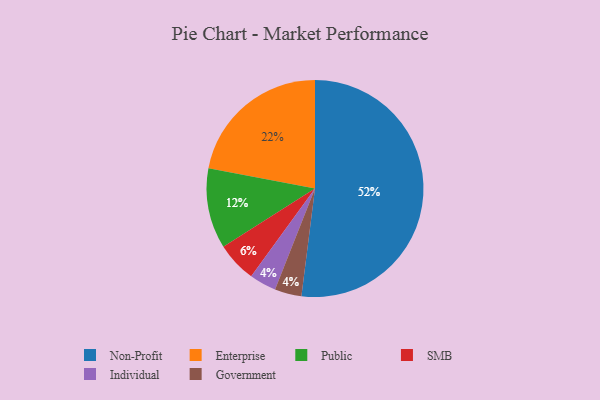
{"axis": {"x": "Category", "y": "Percentage"}, "legend": ["Enterprise", "Government", "Individual", "Non-Profit", "Public", "SMB"], "data": [{"x": "Non-Profit", "y": 52, "type": "Non-Profit"}, {"x": "Individual", "y": 4, "type": "Individual"}, {"x": "Public", "y": 12, "type": "Public"}, {"x": "SMB", "y": 6, "type": "SMB"}, {"x": "Enterprise", "y": 22, "type": "Enterprise"}, {"x": "Government", "y": 4, "type": "Government"}]}